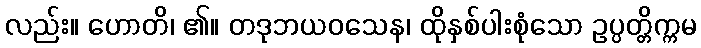
လည်း။ ဟောတိ၊ ၏။ တဒုဘယဝသေန၊ ထိုနှစ်ပါးစုံသော ဥပ္ပတ္တိက္ကမ